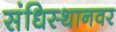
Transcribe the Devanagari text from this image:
संधिस्थानवर